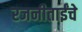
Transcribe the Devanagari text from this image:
रजनीताईंचे